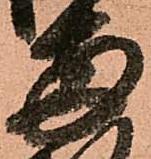
両